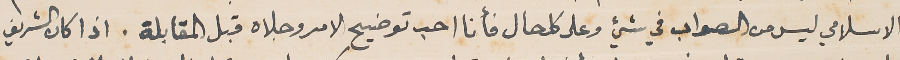
الاسلامي ليس من الصواب في شيء وعلى كل حال فأنا احب توضيح الامر وجلاه قبل المقابلة. اذا كان الشريف